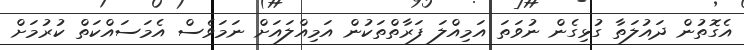
އެގޮތުން ދައުލަތާ ގުޅިގެން ނުވަތަ އަމިއްލަ ފަރާތްތަކުން އަމިއްލައަށް ނަމަވެސް އެމަސައްކަތް ކުރުމަށް